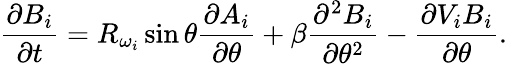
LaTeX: {\frac{\partial B_{i}}{\partial t}}=R_{\omega_{i}}\sin\theta{\frac{\partial A_{i}}{\partial\theta}}+\beta{\frac{\partial^{2}B_{i}}{\partial\theta^{2}}}-{\frac{\partial V_{i}B_{i}}{\partial\theta}}.